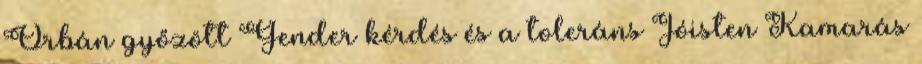
Orbán győzött Gender kérdés és a toleráns Jóisten Kamarás